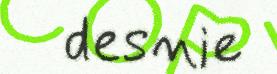
desnie